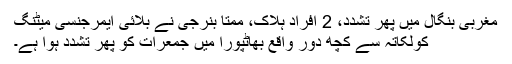
مغربی بنگال میں پھر تشدد، 2 افراد ہلاک، ممتا بنرجی نے بلائی ایمرجنسی میٹنگ
کولکاتہ سے کچھ دور واقع بھاٹپورا میں جمعرات کو پھر تشدد ہوا ہے۔